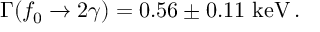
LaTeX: \Gamma ( f _ { 0 } \rightarrow 2 \gamma ) = 0 . 5 6 \pm 0 . 1 1 \ \mathrm { k e V } \, .